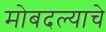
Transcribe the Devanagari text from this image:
मोबदल्याचे